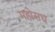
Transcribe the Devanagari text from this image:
महोसध